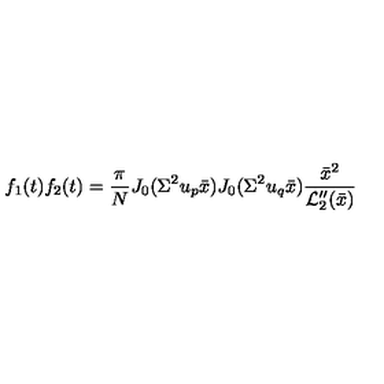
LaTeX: f _ { 1 } ( t ) f _ { 2 } ( t ) = \frac { \pi } { N } J _ { 0 } ( \Sigma ^ { 2 } u _ { p } \bar { x } ) J _ { 0 } ( \Sigma ^ { 2 } u _ { q } \bar { x } ) \frac { \bar { x } ^ { 2 } } { { \cal L } _ { 2 } ^ { \prime \prime } ( \bar { x } ) }